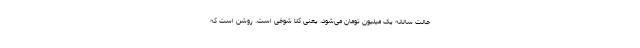
حالت سالانه یک میلیون تومان می‌شود، یعنی کلاً شوخی است. روشن است که